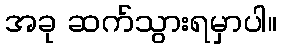
အခု ဆက်သွားရမှာပါ။